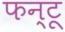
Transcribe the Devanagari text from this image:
फन्टू